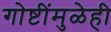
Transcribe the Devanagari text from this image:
गोष्टींमुळेही